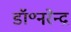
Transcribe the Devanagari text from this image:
डॉ॰नरेन्द्र